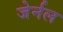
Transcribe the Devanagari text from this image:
जेर्नल